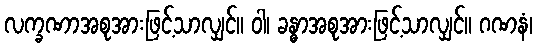
လက္ခဏာအစုအားဖြင့်သာလျှင်။ ဝါ၊ ခန္ဓာအစုအားဖြင့်သာလျှင်။ ဂဏနံ၊